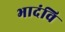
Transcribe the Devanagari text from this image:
भादंवि